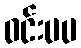
ဝင်းပပ